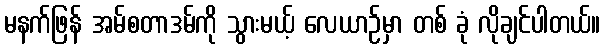
မနက်ဖြန် အမ်စတာဒမ်ကို သွားမယ့် လေယာဉ်မှာ တစ် ခုံ လိုချင်ပါတယ်။